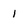
Character: 1